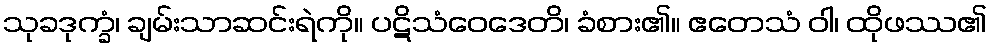
သုခဒုက္ခံ၊ ချမ်းသာဆင်းရဲကို။ ပဋိသံဝေဒေတိ၊ ခံစား၏။ ဧတေသံ ဝါ၊ ထိုဖဿ၏